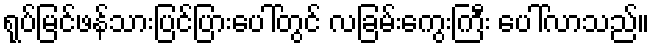
ရုပ်မြင်ဖန်သားပြင်ပြားပေါ်တွင် လခြမ်းကွေးကြီး ပေါ်လာသည်။